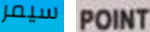
سيمر POINT